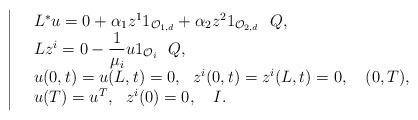
LaTeX: \begin{align*}\left|\begin{array}{rl}&L^*u = 0 + \alpha_1 z^1 {1}_{\mathcal{O}_{1,d}} + \alpha_2 z^2 {1}_{\mathcal{O}_{2,d}} \ \ Q,\\&Lz^i = 0 - \dfrac{1}{\mu_i} u {1}_{\mathcal{O}_i} \ \ Q,\\&u(0,t)=u(L,t) = 0, \ \ z^i(0,t)=z^i(L,t) =0, \ \ \ (0,T),\\&u(T) = u^{T},\ \ z^i(0)=0, \ \ \ I.\end{array}\right.\end{align*}